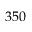
3 5 0